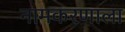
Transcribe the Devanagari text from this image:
नामकरणाला